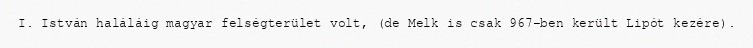
I. István haláláig magyar felségterület volt, (de Melk is csak 967-ben került Lipót kezére).